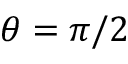
\theta = \pi / 2